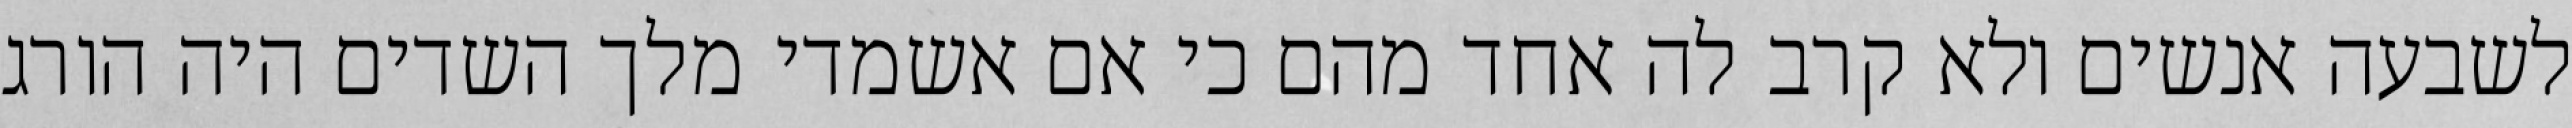
לשבעה אנשים ולא קרב לה אחד מהם כי אם אשמדי‏ מלך השדים היה הורג